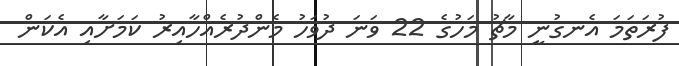
ފުރަތަމަ އެނގުނީ މާޗު މަހުގެ 22 ވަނަ ދުވަހު މެންދުރެއްހާއިރު ކަމަށާއި އެކަން